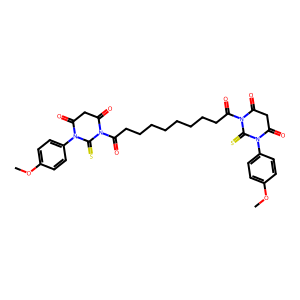
SMILES: COc1ccc(N2C(=O)CC(=O)N(C(=O)CCCCCCCCC(=O)N3C(=O)CC(=O)N(c4ccc(OC)cc4)C3=S)C2=S)cc1
Inhibits HIV replication: No